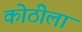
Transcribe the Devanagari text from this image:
कोठीला